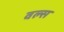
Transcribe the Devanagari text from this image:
वल्स